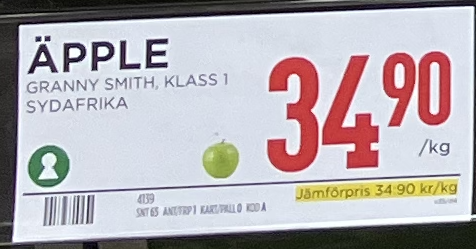
Vara: Äpple
Genomsnittspris: 34.9 per kg